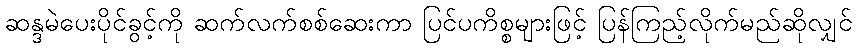
ဆန္ဒမဲပေးပိုင်ခွင့်ကို ဆက်လက်စစ်ဆေးကာ ပြင်ပကိစ္စများဖြင့် ပြန်ကြည့်လိုက်မည်ဆိုလျှင်